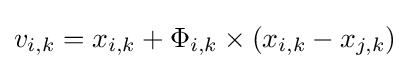
v_{i,k}=x_{i,k}+\Phi _{i,k}\times (x_{i,k}-x_{j,k})